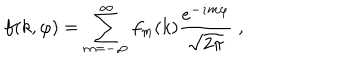
LaTeX: f ( k , \varphi ) = \sum _ { m = - \infty } ^ { \infty } f _ { m } ( k ) { \frac { e ^ { - \dot { \imath } m \varphi } } { \sqrt { 2 \pi } } } \; ,